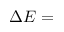
\Delta E =